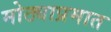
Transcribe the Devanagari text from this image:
मोठ्याप्रमात